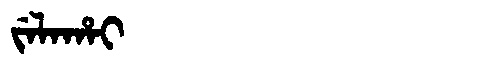
Manchu: ᠵᡝᠯᠠᡥᠠᡳ
Romanization: JELAHAI